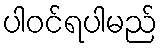
ပါဝင်ရပါမည်